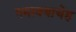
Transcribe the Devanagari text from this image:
गमावयाचेह